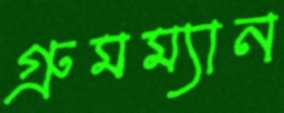
গ্রুমম্যান